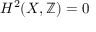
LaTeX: H ^ { 2 } ( X , \mathbb { Z } ) = 0